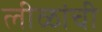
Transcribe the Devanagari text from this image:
लीळांची